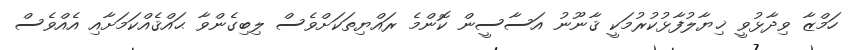
ހަމްޒާ ވިދާޅުވީ ޚިޔާލުފާޅުކުރުމަކީ ޤާނޫނު އަސާސީން ކޮންމެ ރައްޔިތަކަށްވެސް ލިބިގެންވާ ޙައްޤެއްކަމަށާއި އެއްވެސް